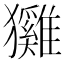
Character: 𤣕